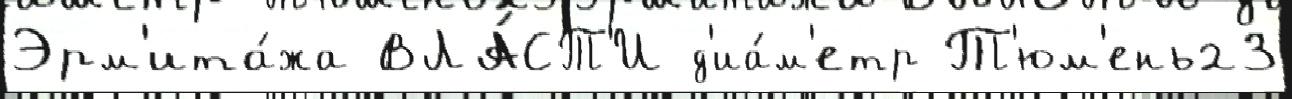
Эрм'ита́жа ВЛА́СТ'И д'иа́м'етр Т'юм'ень23